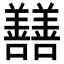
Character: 𡆃